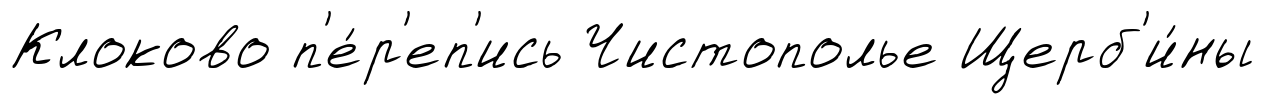
Клоково п'е́р'еп'ись Чистополье Щерб'и́ны